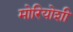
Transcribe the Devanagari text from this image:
मोरियोशी